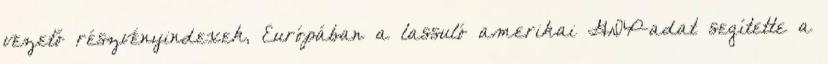
vezető részvényindexek, Európában a lassuló amerikai GDP-adat segítette a